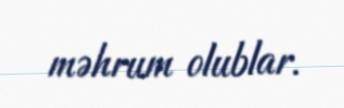
məhrum olublar.